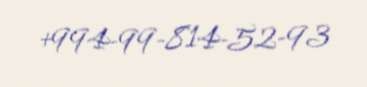
+994-99-814-52-93